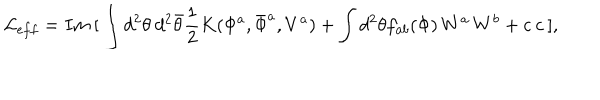
{ \cal L } _ { e f f } = I m \: [ \: \int d ^ { 2 } \theta \: d ^ { 2 } \bar { \theta } \frac { 1 } { 2 } K ( \Phi ^ { a } , \bar { \Phi } ^ { a } , V ^ { a } ) + \int d ^ { 2 } \theta f _ { a b } ( \Phi ) \, W ^ { a } \, W ^ { b } + c \: c \: ] ,